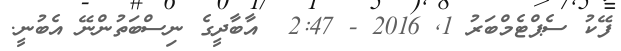
ފޭކު ސެޕްޓެމްބަރު 1